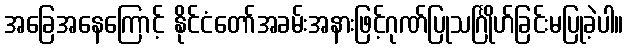
အခြေအနေကြောင့် နိုင်ငံတော်အခမ်းအနားဖြင့်ဂုဏ်ပြုသင်္ဂြိုဟ်ခြင်းမပြုခဲ့ပါ။